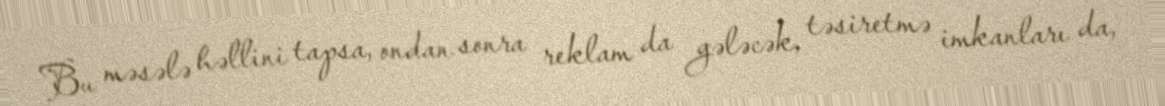
Bu məsələ həllini tapsa, ondan sonra reklam da gələcək, təsiretmə imkanları da,